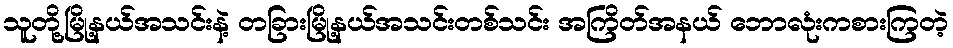
သူတို့မြို့နယ်အသင်းနဲ့ တခြားမြို့နယ်အသင်းတစ်သင်း အကြိတ်အနယ် ဘောလုံးကစားကြတဲ့